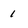
Character: 1